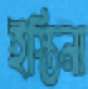
ইস্তিনা